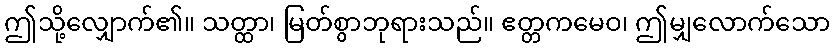
ဤသို့လျှောက်၏။ သတ္ထာ၊ မြတ်စွာဘုရားသည်။ ဧတ္တကမေဝ၊ ဤမျှလောက်သော